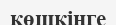
көшкінге